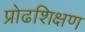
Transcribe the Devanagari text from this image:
प्रोढशिक्षण